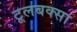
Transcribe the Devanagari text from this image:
टूलबक्सा